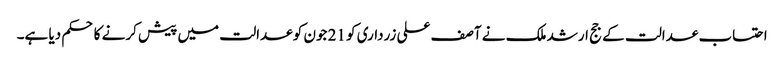
احتساب عدالت کے جج ارشد ملک نے آصف علی زرداری کو 21 جون کو عدالت میں پیش کرنے کا حکم دیا ہے۔